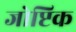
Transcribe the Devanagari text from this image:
जोप्टिक